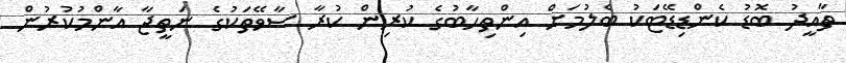
ތާއީދު ބޮޑު ކެންޑިޑޭޓަކު ބެލުމަށް އިންތިހާބުގެ ކުރިން ކުރާ ސާވޭތަކުގެ ނަތީޖާ އާންމުކުރުން